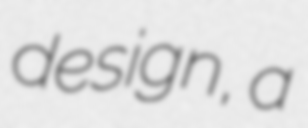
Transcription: design, a